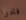
قادرا